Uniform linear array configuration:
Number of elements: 64
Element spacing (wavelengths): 1
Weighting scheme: exponential
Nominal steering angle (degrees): -30
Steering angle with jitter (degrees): -31.023
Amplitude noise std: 0.05
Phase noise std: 0.05

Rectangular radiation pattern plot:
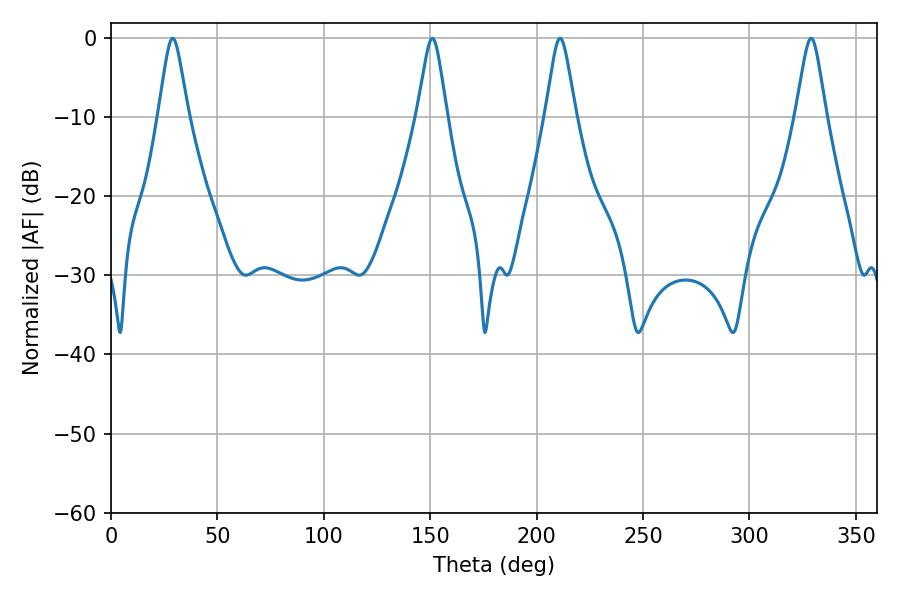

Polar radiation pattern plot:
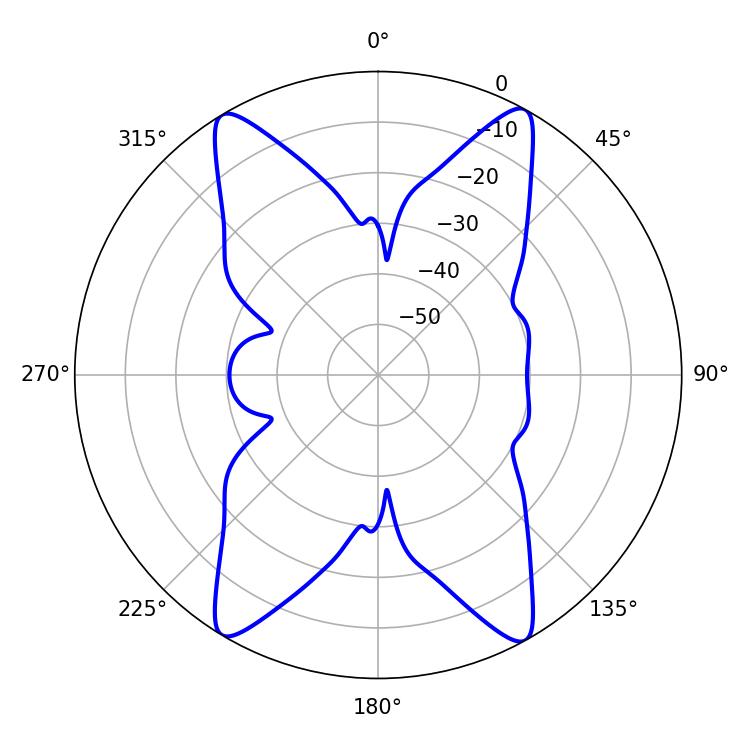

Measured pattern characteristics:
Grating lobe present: TRUE
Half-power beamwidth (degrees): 6.66
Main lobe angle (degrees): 28.98